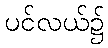
ပင်လယ်၌